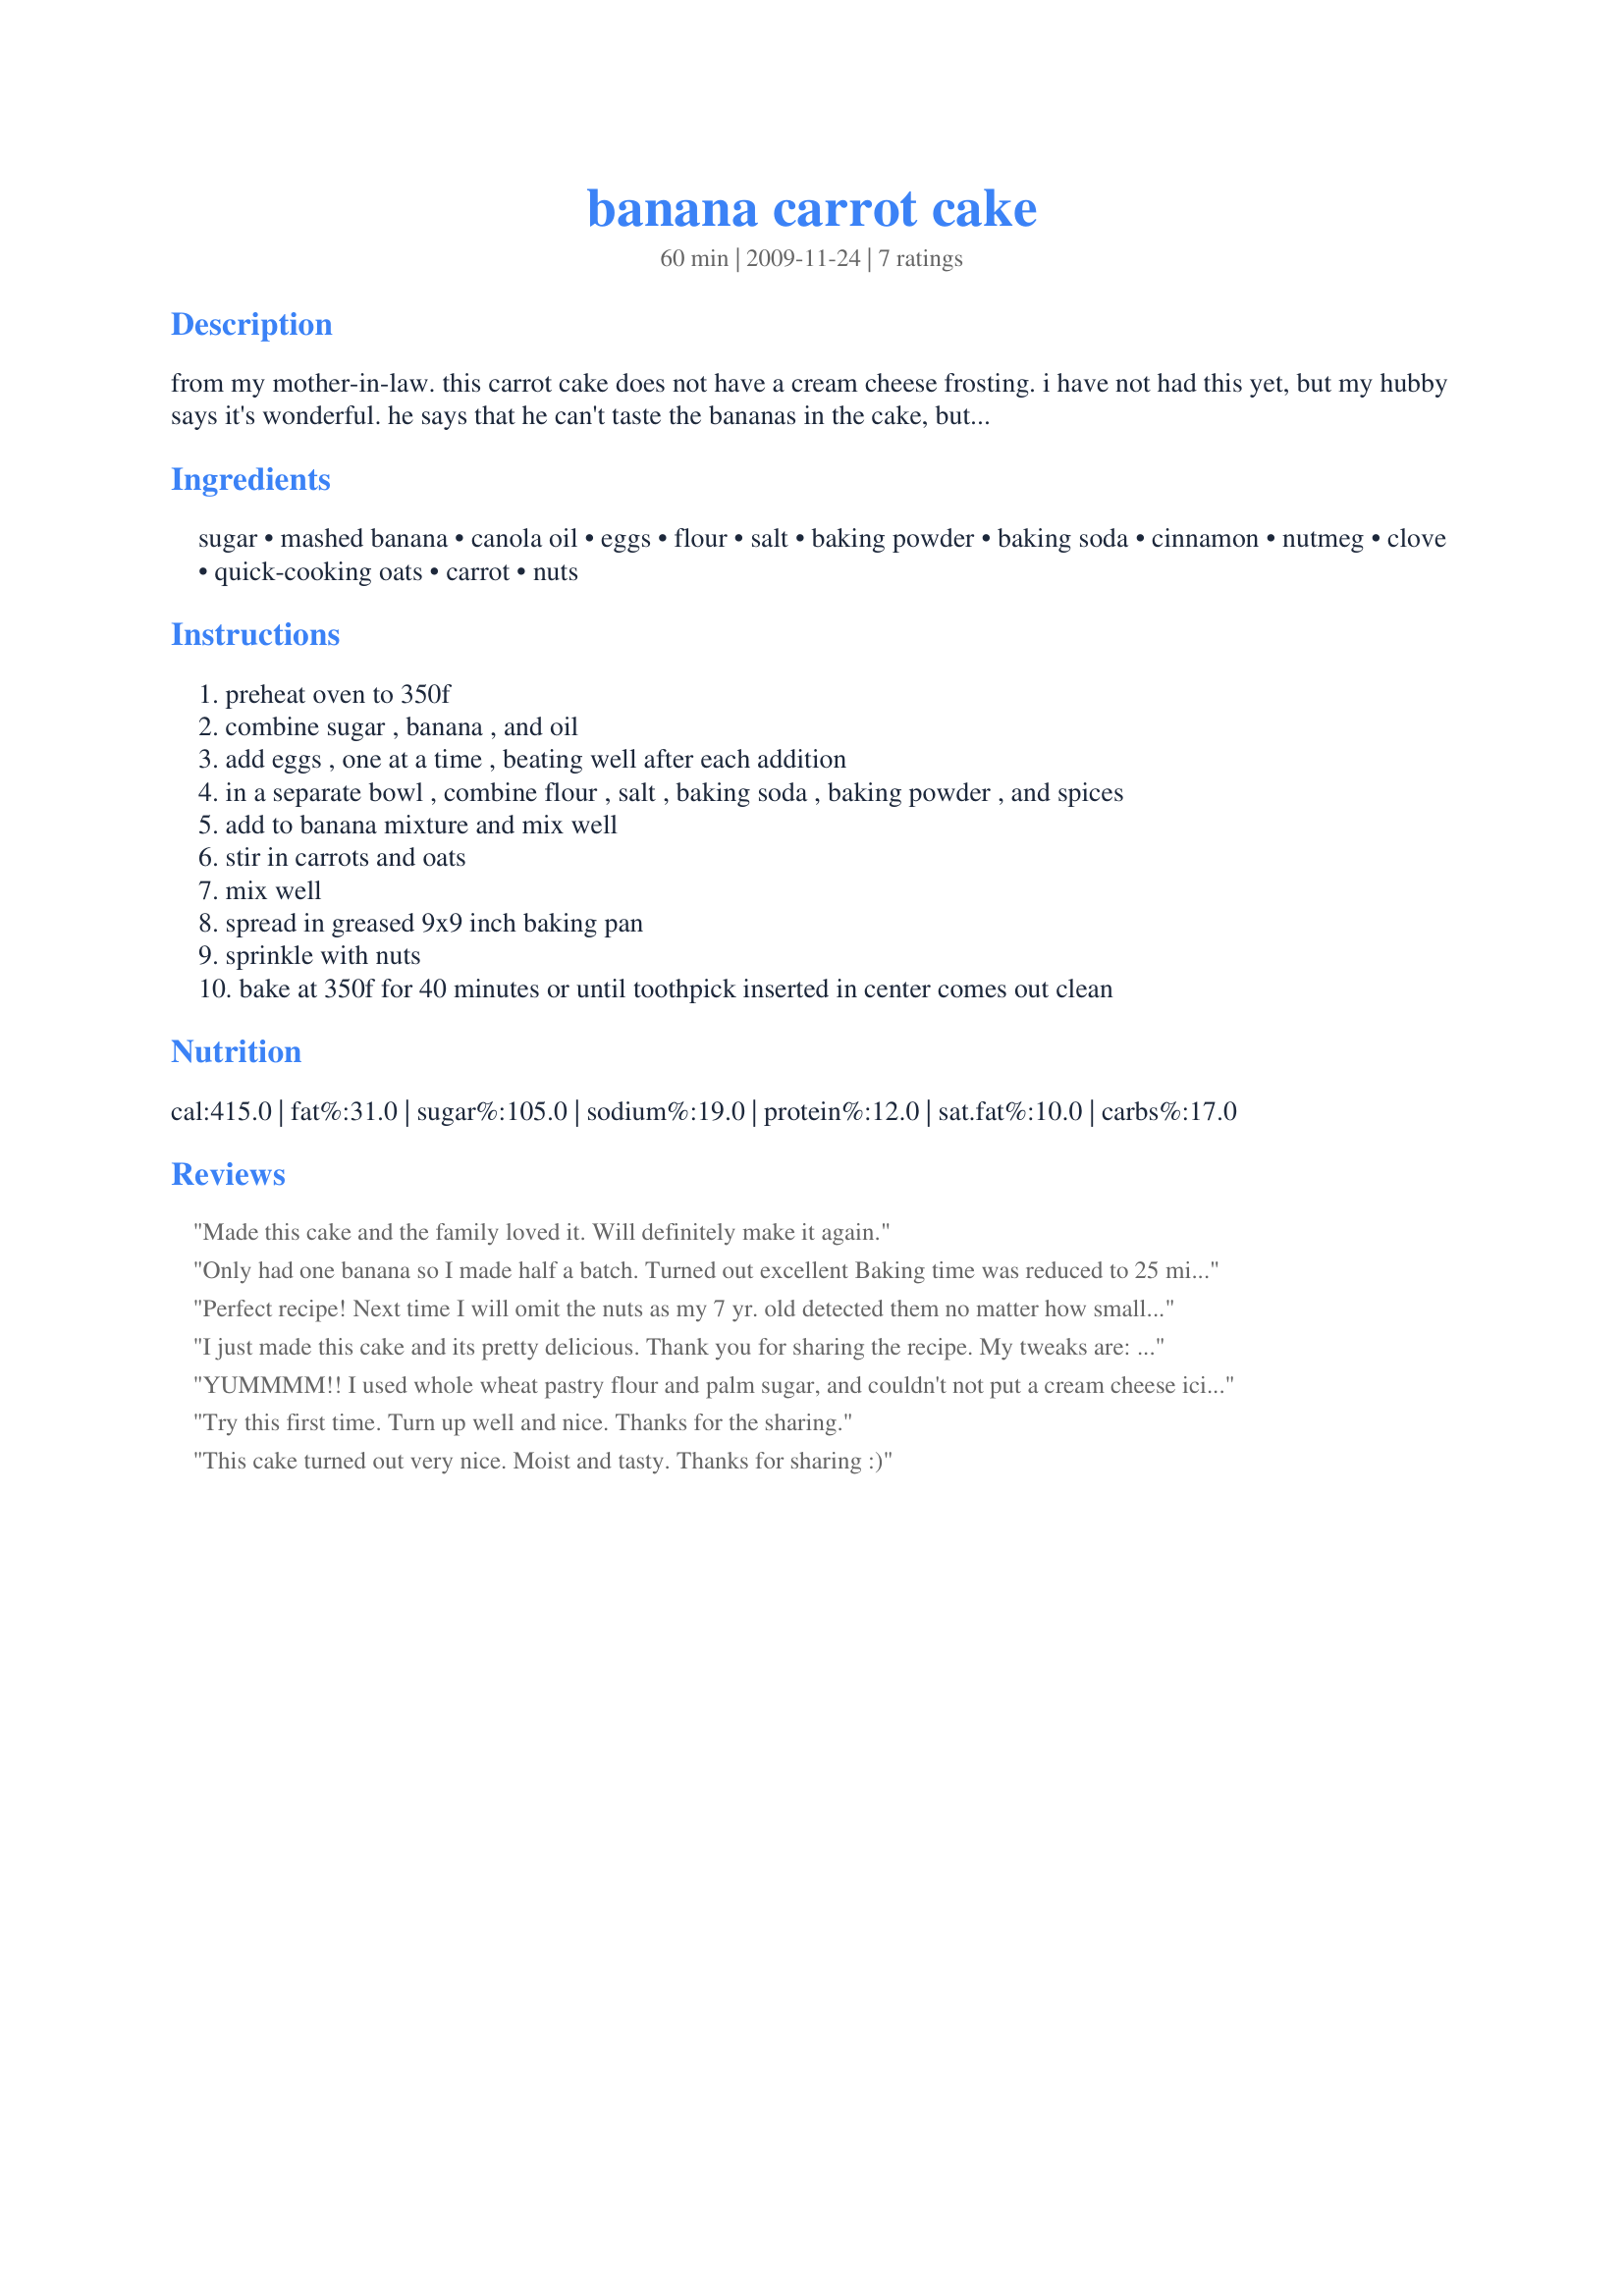
banana carrot cake
Preparation time: 60 minutes

from my mother-in-law. this carrot cake does not have a cream cheese frosting. i have not had this yet, but my hubby says it's wonderful. he says that he can't taste the bananas in the cake, but it's been years since he's had it, so that might be wrong. he says it's really good though.

Ingredients:
sugar, mashed banana, canola oil, eggs, flour, salt, baking powder, baking soda, cinnamon, nutmeg, clove, quick-cooking oats, carrot, nuts

Steps:
preheat oven to 350f
combine sugar , banana , and oil
add eggs , one at a time , beating well after each addition
in a separate bowl , combine flour , salt , baking soda , baking powder , and spices
add to banana mixture and mix well
stir in carrots and oats
mix well
spread in greased 9x9 inch baking pan
sprinkle with nuts
bake at 350f for 40 minutes or until toothpick inserted in center comes out clean

Reviews:
Made this cake and the family loved it. Will definitely make it again.
Only had one banana so I made half a batch. Turned out excellent Baking time was reduced to 25 minutes, but what a great snack! Moist and not too sweet. Loved the oatmeal in this recipe. I would definitely make this again and recommend it.
Perfect recipe! Next time I will omit the nuts as my 7 yr. old detected them no matter how small I chopped! I like the fact that the carrots were undetectable.. delicious!
I just made this cake and its pretty delicious. Thank you for sharing the recipe. My tweaks are: I used 1.5 cups mashed bananas and doubled almost tripled the shredders carrots (I loved this carrot addition!). I substituted the vegetable oil for coconut oil, and added just a hint of water and vanilla extract. Next time I won't use nutmeg because I'm not a fan. I didn't put cloves because I wasn't sure I would like it.
YUMMMM!! I used whole wheat pastry flour and palm sugar, and couldn't not put a cream cheese icing on top! Served up at a dinner party and even the dieters took seconds. Moist, flavorful and addictive! I'll definitely make this one again.
Try this first time. Turn up well and nice. Thanks for the sharing.
This cake turned out very nice. Moist and tasty.
Thanks for sharing :)
